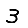
Digit: 3